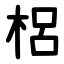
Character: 梠